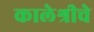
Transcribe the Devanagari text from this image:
कालेश्रीचे